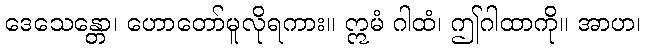
ဒေသေန္တော၊ ဟောတော်မူလိုရကား။ ဣမံ ဂါထံ၊ ဤဂါထာကို။ အာဟ၊